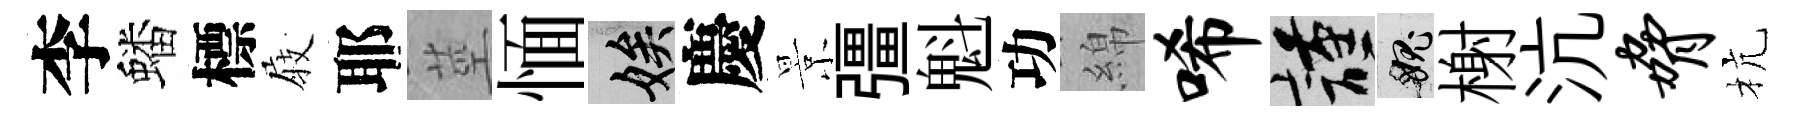
李蟠標𡲆耶莖愐娭慶景彊魁功綿唏謹愧榭沆胁杭